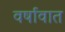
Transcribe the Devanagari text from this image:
वर्षावात